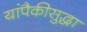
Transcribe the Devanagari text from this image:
यांपैकीसुद्धा